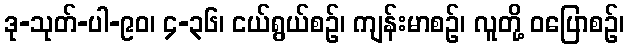
ဒု-သုတ်-ပါ-၉၀၊ ၄-၃၆၊ ငယ်ရွယ်စဉ်၊ ကျန်းမာစဉ်၊ လူတို့ ဝပြောစဉ်၊